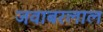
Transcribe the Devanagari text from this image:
जवाबरलाल